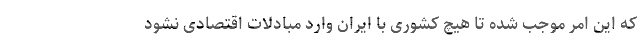
که این امر موجب شده تا هیچ کشوری با ایران وارد مبادلات اقتصادی نشود